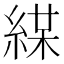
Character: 𦁜